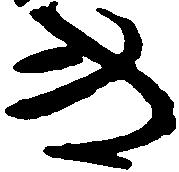
き